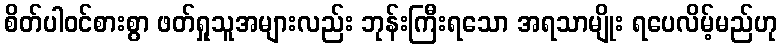
စိတ်ပါဝင်စားစွာ ဖတ်ရှုသူအများလည်း ဘုန်းကြီးရသော အရသာမျိုး ရပေလိမ့်မည်ဟု